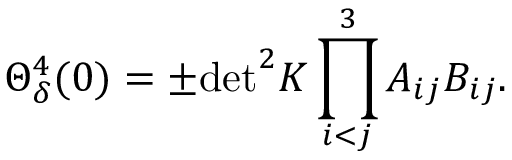
\Theta _ { \delta } ^ { 4 } ( 0 ) = \pm \mathrm { d e t } ^ { 2 } K \prod _ { i < j } ^ { 3 } A _ { i j } B _ { i j } .